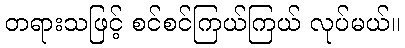
တရားသဖြင့် စင်စင်ကြယ်ကြယ် လုပ်မယ်။